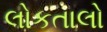
લોકતાલો